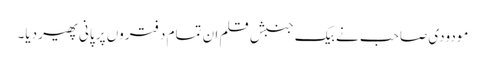
مودودی صاحب نے بیک جنبشِ قلم ان تمام دفتروں پر پانی پھیر دیا۔